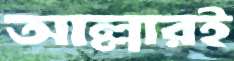
আল্লারই